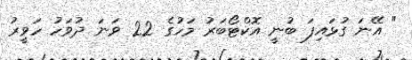
" އޭނަ ގުޅައިފަ ބުނީ އޮކްޓޯބަރު މަހުގެ 22 ވަނަ ދުވަހު ހަވީރު